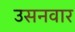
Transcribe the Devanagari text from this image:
उसनवार